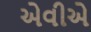
એવીએ